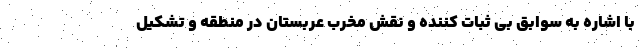
با اشاره به سوابق بی ثبات کننده و نقش مخرب عربستان در منطقه و تشکیل